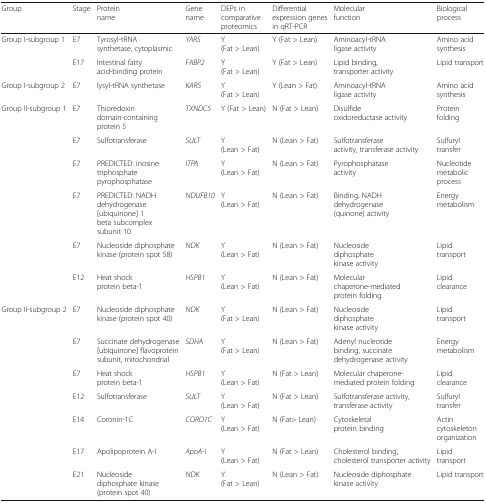
<table><thead><tr><td><b>Group</b></td><td><b>Stage</b></td><td><b>Protein name</b></td><td><b>Gene name</b></td><td><b>DEPs in comparative proteomics</b></td><td><b>Differential expression genes in qRT-PCR</b></td><td><b>Molecular function</b></td><td><b>Biological process</b></td></tr></thead><tbody><tr><td rowspan="2">Group I-subgroup 1</td><td>E7</td><td>Tyrosyl-tRNA synthetase, cytoplasmic</td><td><i>YARS</i></td><td>Y (Fat &gt; Lean)</td><td>Y (Fat &gt; Lean)</td><td>Aminoacyl-tRNA ligase activity</td><td>Amino acid synthesis</td></tr><tr><td>E17</td><td>Intestinal fatty acid-binding protein</td><td><i>FABP2</i></td><td>Y (Fat &gt; Lean)</td><td>Y (Fat &gt; Lean)</td><td>Lipid binding, transporter activity</td><td>Lipid transport</td></tr><tr><td>Group I-subgroup 2</td><td>E7</td><td>lysyl-tRNA synthetase</td><td><i>KARS</i></td><td>Y (Fat &gt; Lean)</td><td>Y (Lean &gt; Fat)</td><td>Aminoacyl-tRNA ligase activity</td><td>Amino acid synthesis</td></tr><tr><td rowspan="6">Group II-subgroup 1</td><td>E7</td><td>Thioredoxin domain-containing protein 5</td><td><i>TXNDC5</i></td><td>Y (Fat &gt; Lean)</td><td>N (Fat &gt; Lean)</td><td>Disulfide oxidoreductase activity</td><td>Protein folding</td></tr><tr><td>E7</td><td>Sulfotransferase</td><td><i>SULT</i></td><td>Y (Lean &gt; Fat)</td><td>N (Lean &gt; Fat)</td><td>Sulfotransferase activity, transferase activity</td><td>Sulfuryl transfer</td></tr><tr><td>E7</td><td>PREDICTED: inosine triphosphate pyrophosphatase</td><td><i>ITPA</i></td><td>Y (Lean &gt; Fat)</td><td>N (Lean &gt; Fat)</td><td>Pyrophosphatase activity</td><td>Nucleotide metabolic process</td></tr><tr><td>E7</td><td>PREDICTED: NADH dehydrogenase [ubiquinone] 1 beta subcomplex subunit 10</td><td><i>NDUFB10</i></td><td>Y (Lean &gt; Fat)</td><td>N (Lean &gt; Fat)</td><td>Binding, NADH dehydrogenase (quinone) activity</td><td>Energy metabolism</td></tr><tr><td>E7</td><td>Nucleoside diphosphate kinase (protein spot 58)</td><td><i>NDK</i></td><td>Y (Lean &gt; Fat)</td><td>N (Lean &gt; Fat)</td><td>Nucleoside diphosphate kinase activity</td><td>Lipid transport</td></tr><tr><td>E12</td><td>Heat shock protein beta-1</td><td><i>HSPB1</i></td><td>Y (Lean &gt; Fat)</td><td>N (Lean &gt; Fat)</td><td>Molecular chaperone-mediated protein folding</td><td>Lipid clearance</td></tr><tr><td rowspan="7">Group II-subgroup 2</td><td>E7</td><td>Nucleoside diphosphate kinase (protein spot 40)</td><td><i>NDK</i></td><td>Y (Fat &gt; Lean)</td><td>N (Lean &gt; Fat)</td><td>Nucleoside diphosphate kinase activity</td><td>Lipid transport</td></tr><tr><td>E7</td><td>Succinate dehydrogenase [ubiquinone] flavoprotein subunit, mitochondrial</td><td><i>SDHA</i></td><td>Y (Fat &gt; Lean)</td><td>N (Lean &gt; Fat)</td><td>Adenyl nucleotide binding, succinate dehydrogenase activity</td><td>Energy metabolism</td></tr><tr><td>E7</td><td>Heat shock protein beta-1</td><td><i>HSPB1</i></td><td>Y (Lean &gt; Fat)</td><td>N (Fat &gt; Lean)</td><td>Molecular chaperone-mediated protein folding</td><td>Lipid clearance</td></tr><tr><td>E12</td><td>Sulfotransferase</td><td><i>SULT</i></td><td>Y (Lean &gt; Fat)</td><td>N (Fat &gt; Lean)</td><td>Sulfotransferase activity, transferase activity</td><td>Sulfuryl transfer</td></tr><tr><td>E14</td><td>Coronin-1C</td><td><i>CORO1C</i></td><td>Y (Lean &gt; Fat)</td><td>N (Fat&gt; Lean)</td><td>Cytoskeletal protein binding</td><td>Actin cytoskeleton organization</td></tr><tr><td>E17</td><td>Apolipoprotein A-I</td><td><i>ApoA-I</i></td><td>Y (Lean &gt; Fat)</td><td>N (Fat &gt; Lean)</td><td>Cholesterol binding, cholesterol transporter activity</td><td>Lipid transport</td></tr><tr><td>E21</td><td>Nucleoside diphosphate kinase (protein spot 40)</td><td><i>NDK</i></td><td>Y (Fat &gt; Lean)</td><td>N (Lean &gt; Fat)</td><td>Nucleoside diphosphate kinase activity</td><td>Lipid transport</td></tr></tbody></table>